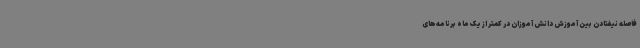
فاصله نیفتادن بین آموزش دانش آموزان در کمتر از یک ماه برنامه‌های